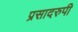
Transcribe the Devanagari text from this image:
प्रसादरुपी